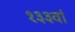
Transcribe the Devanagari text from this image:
१३३वां